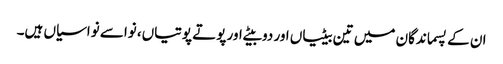
ان کے پسماندگان میں تین بیٹیاں اور دو بیٹے اور پوتے پوتیاں، نواسے نواسیاں ہیں۔